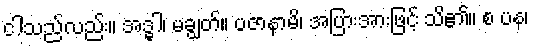
ငါသည်လည်း။ အဒ္ဓါ၊ မချွတ်။ ပဇာနာမိ၊ အပြားအားဖြင့် သိ၏။ စ ပန၊